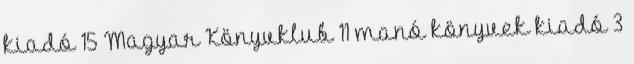
kiadó 15 Magyar Könyvklub 11 manó könyvek kiadó 3